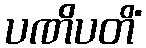
ပဏိပတိံ